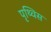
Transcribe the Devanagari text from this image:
पृथ्विस